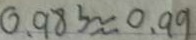
0 . 9 8 3 \approx 0 . 9 9